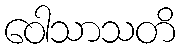
ဝေါသာသတိ